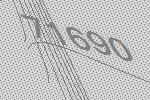
71690